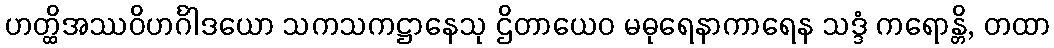
ဟတ္ထိအဿဝိဟင်္ဂါဒယော သကသကဋ္ဌာနေသု ဌိတာယေဝ မဓုရေနာကာရေန သဒ္ဒံ ကရောန္တိ, တထာ